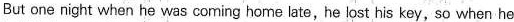
But one night when he was coming home late,he lost his key, so when he